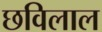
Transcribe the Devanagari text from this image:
छविलाल